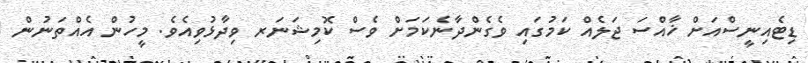
ޑިޓެއިނީސްއަށް ޚާއްސަ ޖަލެއް ކަމުގައި ވެގެންދާނެކަމަށް ވެސް ކޮމިޝަނަރ ވިދާޅުވިއެވެ. މީހުން އެއްތަނުން